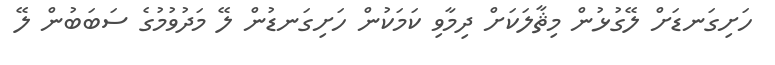
ހަށިގަނޑަށް ލޭގުޅުން މިޘާލަކަށް ދިމާވި ކަމަކުން ހަށިގަނޑުން ލޭ މަދުވުމުގެ ސަބަބުން ލޭ